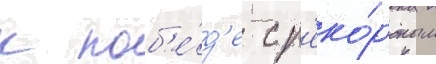
к поб'е́д'е с р'еко́рдным